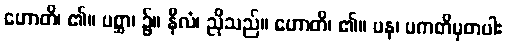
ဟောတိ၊ ၏။ ပစ္ဆာ၊ ၌။ နီလံ၊ ညိုသည်။ ဟောတိ၊ ၏။ ပန၊ ပကတိမှတပါး